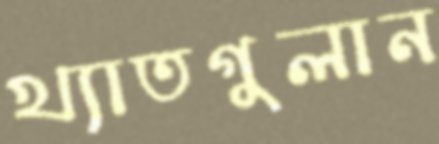
খ্যাতগুলান